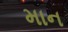
માન